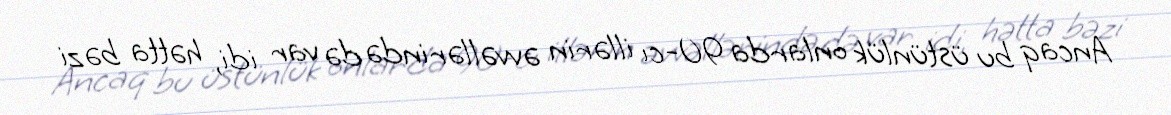
Ancaq bu üstünlük onlarda 90-cı illərin əvvəllərində də var idi, hətta bəzi